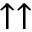
\uparrow \uparrow